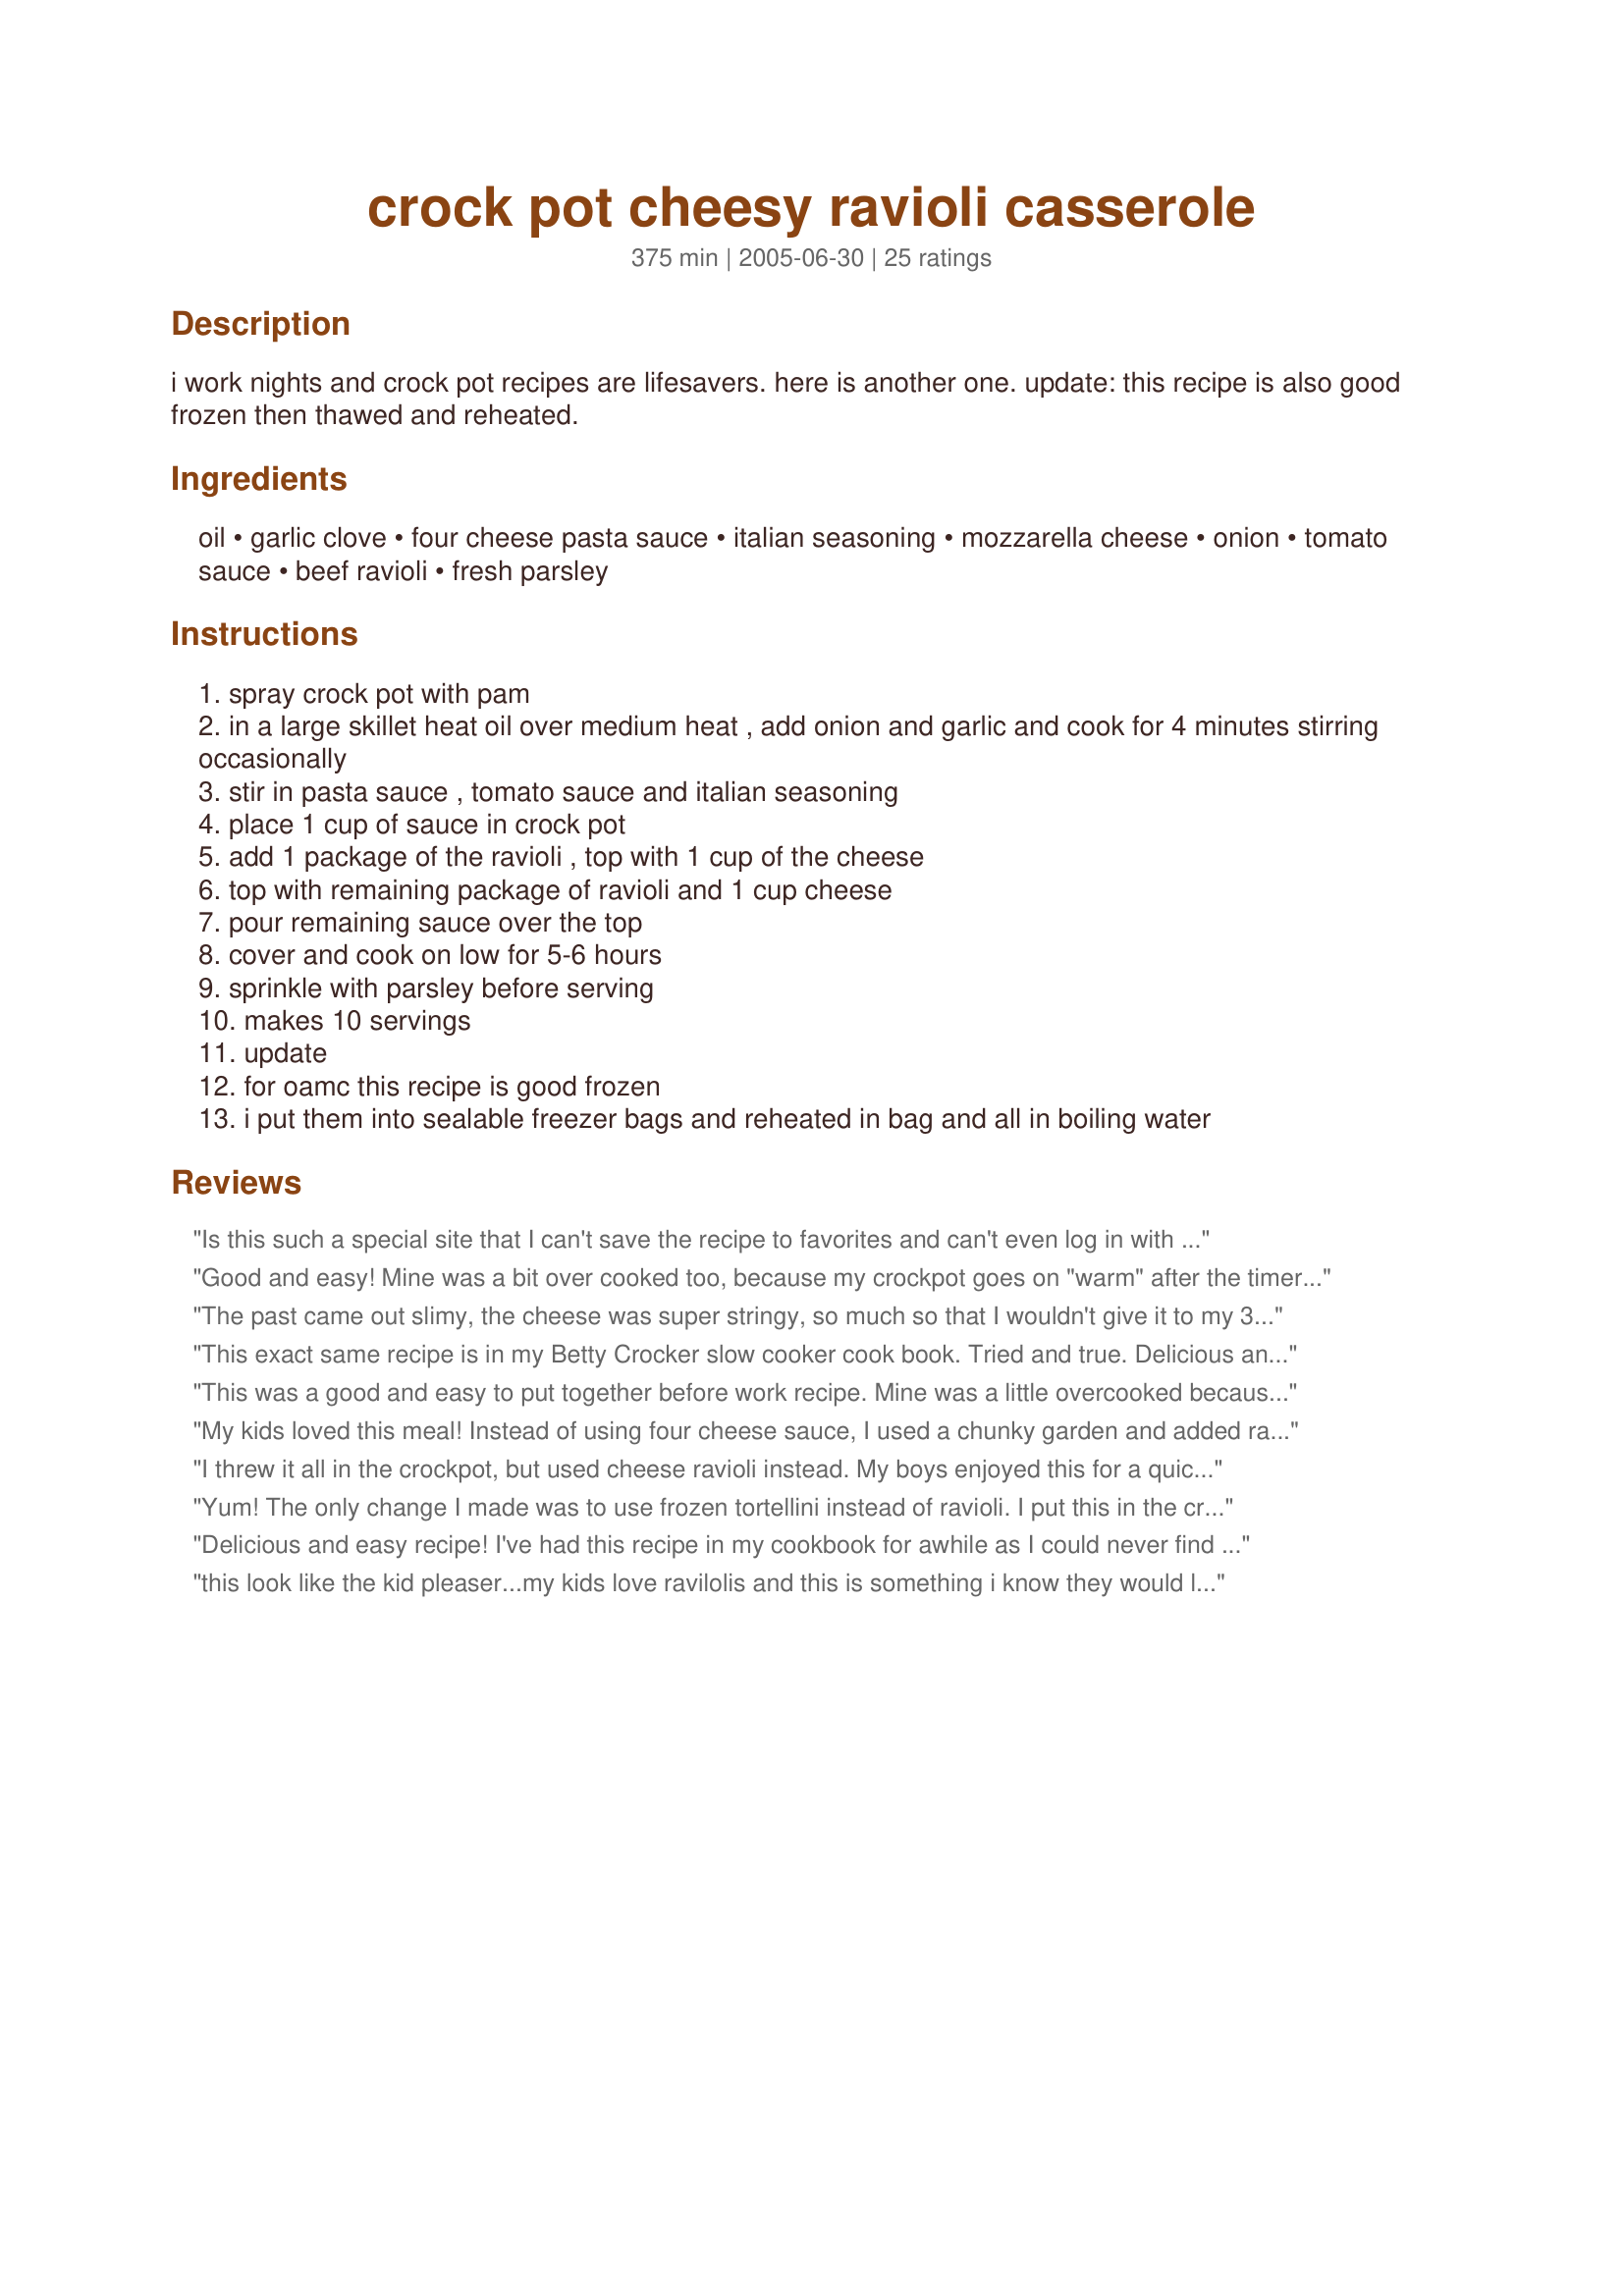
crock pot cheesy ravioli casserole
Preparation time: 375 minutes

i work nights and crock pot recipes are lifesavers. here is another one. update: this recipe is also good frozen then thawed and reheated.

Ingredients:
oil, garlic clove, four cheese pasta sauce, italian seasoning, mozzarella cheese, onion, tomato sauce, beef ravioli, fresh parsley

Steps:
spray crock pot with pam
in a large skillet heat oil over medium heat , add onion and garlic and cook for 4 minutes stirring occasionally
stir in pasta sauce , tomato sauce and italian seasoning
place 1 cup of sauce in crock pot
add 1 package of the ravioli , top with 1 cup of the cheese
top with remaining package of ravioli and 1 cup cheese
pour remaining sauce over the top
cover and cook on low for 5-6 hours
sprinkle with parsley before serving
makes 10 servings
update
for oamc this recipe is good frozen
i put them into sealable freezer bags and reheated in bag and all in boiling water

Reviews:
Is this such a special site that I can't save the recipe to favorites and can't even log in with the password I just gave it? I don't need this
Good and easy! Mine was a bit over cooked too, because my crockpot goes on "warm" after the timer shuts off, so it cooked closer to 9 hours, but my family still enjoyed it anyways. We used cheese ravioli instead of the beef and I forgot the parsley. We also used marinara sauce instead of the sauce specified--just our preference. I also liked that in this recipe the onions/garlic and sauce were cooked for a bit but I think next time I'll add a bit of water to the sauce, especially if it needs to wait in the crockpot for a few hours. Thanks for sharing!
The past came out slimy, the cheese was super stringy, so much so that I wouldn't give it to my 3 year old for fear of him choking on it. I followed the recipe, so I don't know how I could have messed it up, but it was not good.
This exact same recipe is in my Betty Crocker slow cooker cook book. Tried and true. Delicious and filling! My mom and I have been making this for years! I serve it will a loaf a crusty garlic bread! Thanks for posting here!
This was a good and easy to put together before work recipe. Mine was a little overcooked because I was not able to get home to turn off the crockpot so it cooked for about 8 hours. I have asked for a crockpot with a timer for Mother's Day!
My kids loved this meal! Instead of using four cheese sauce, I used a chunky garden and added ramono cheese with the mozzarella. Be careful if you go the full 6 hours, it tends to burn a bit, best to go 5 then set to warm if your crock-pot has the option.
I threw it all in the crockpot, but used cheese ravioli instead. My boys enjoyed this for a quick meal. Mine took 4 hours to cook, but I only used 1 pkg. of frozen ravioli, 1 jar of sauce + can. I would post a pic but it doesn't compare to Pamelas! Thanks kz for an easy meal! Made for kzbhansen cookathon 2009.
Yum! The only change I made was to use frozen tortellini instead of ravioli. I put this in the crockpot before church and came home to a delicious meal. Thanks for posting. I froze the extras to have for lunches, a great addition to OAMC!
Delicious and easy recipe! I've had this recipe in my cookbook for awhile as I could never find beef ravioli in the store I go to but I did find some at our new Walmart. Our company enjoyed the recipe too. I used Recipe#63812 and added alittle more than called for in the recipe, as I felt it needed more flavor. Next time I want to add hamburger to the sauce for alittle more meat. Thanks for sharing the recipe!
this look like the kid pleaser...my kids love ravilolis and this is something i know they would love this. thanks for the recipe.
I've been making this for about a year now and just realized I hadn't rated it. I cut the recipe in half to feed 5. About half the time I use Beef Ravioli the other half Cheese Ravioli. I rarely cook it in the crockpot since I discovered that I can thaw the ravioli in the Microwave (doesn't have to be thawed all the way) Then assemble in a casserole dish and bake about 40-45mins. This is one of my "Picky eater daughter's" favorites, but we all love it. I serve with a salad and garlic bread.
This was so easy. I do think, however, that 6 to 7 hours is way too long. Although it was very tasty , the texture was a little too mushy. I used mozzarella cheese along with a handful of parm. and a handful of romano. (My DH said it tasted more like lasagna than ravioli) I think next time I will cook this for only about 5 hours at the most. Thanks SouthernBell for sharing this recipe.
This was easy to prepare. I made only half of the recipe and I still had a lot leftover. I also used cheese ravioli instead of beef ravioli. I found it to cook real fast, which meant it got a little thick on me, as I had to put it on "hold" until hubby got home from work.
Very easy to make and was a huge hit. I did add meat to the sauce and a whole packet of Zesty Italian Seasoning mix. As well as garlic powder. I browned the meat and onions with the garlic powder and then added everything else to the crock pot. Cooked on low for about 6 hours. I also used a 6 cheese pasta sauce. Will be making again.
This was great, but I will definitely half it next time as it made waaay too much for just the 3 of us! I also must have a smaller crock pot, as this was overflowing and just not cooking. After about 4 hours I finally dumped everything in a big casserole dish, covered it with foil and put it in a 350 degree oven. Worked out perfectly! I did use the beef ravioli and we loved the taste and the simplicity of this recipe...thanks for posting!!
This was really good. I used the tortellini also and did use extra cheese. Thanks kzb for a great recipe!
We liked this a lot, and it was so easy to put together. I scaled the recipe up to fill my 6 qt crockpot by using 3 bags of tortellini instead of 2. I used cheese tortellini and Parmesan and Romano pasta sauce. I think 5-6 hours is too long though. I cooked for 5 1/2 and then switched to warm, and there were burnt spots on the bottom pieces. I would probably add some liquid to the sauce to make it less thick too. My guests all seemed to enjoy it as well. Thanks for posting!
Not only was this so very easy to make, but it made enough for left overs so I don&#039;t have to cook again tonight. My kids and husband loved it, and they are pretty picky eaters. I made this exactly as the recipe is written except that I didn&#039;t garnish with parsley. Also, another great thing about this recipe, is that it only cost me about .87 per serving! Can&#039;t beat that! Thank you for this recipe!!! I will be making this one again.
Yummy! This was a great kid-pleaser and so easy to make. Thanks for a great recipe!
Good when I don't feel like cooking, love just throwing it together. I used tortellini instead and added 16 oz cottage cheese. It's a keeper. Mine cooked on low for 3 hours. thanks
I really enjoyed this dish! I tried it with chicken tortellini. It was awesome! I have tried it twice with 2 different pasta sauces: a red sauce and an alfredo sauce. Both were great, but I think I prefer the red sauce! Thanks for the delicious and easy crockpot recipe kzbhansen!
Loved this! Easy too. It reminded me of canned ravioli, only 1000 times better! Next time I make it I will try 1/2 beef and 1/2 cheese ravioli. This would be a great pot luck dish as it makes a lot!
My family loved this! We used the garlic powder and minced onion too, and used Classico Mushroom Alfredo sauce and it was awesome! Thank you :)
This was so easy and fast to throw together on a busy day! I used a mushroom marinara sauce instead of the four cheese, and cheese ravioli rather than beef. I also cut the recipe in half and made it in a smaller crock pot. Delicious!
This was very easy to make and my children enjoyed it. I had never made frozen raviloli before :) I had bought some on sale and decided to try this recipe. I followed the recipe as written other then I used garlic powder and minced onions instead of the glove and onion. I skipped the step of cooking on the stove. I just added everything in the crockpot (except the oil which I didn't use). I also didn't add the parsley at the end. I only had to cook mine for about four hours.
